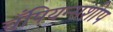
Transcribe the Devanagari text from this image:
चँपियन्सशीप